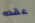
عقده